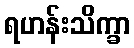
ရဟန်းသိက္ခာ